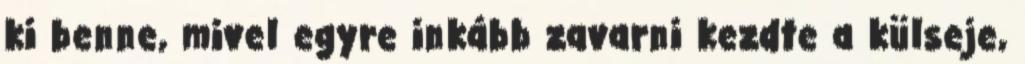
ki benne, mivel egyre inkább zavarni kezdte a külseje,